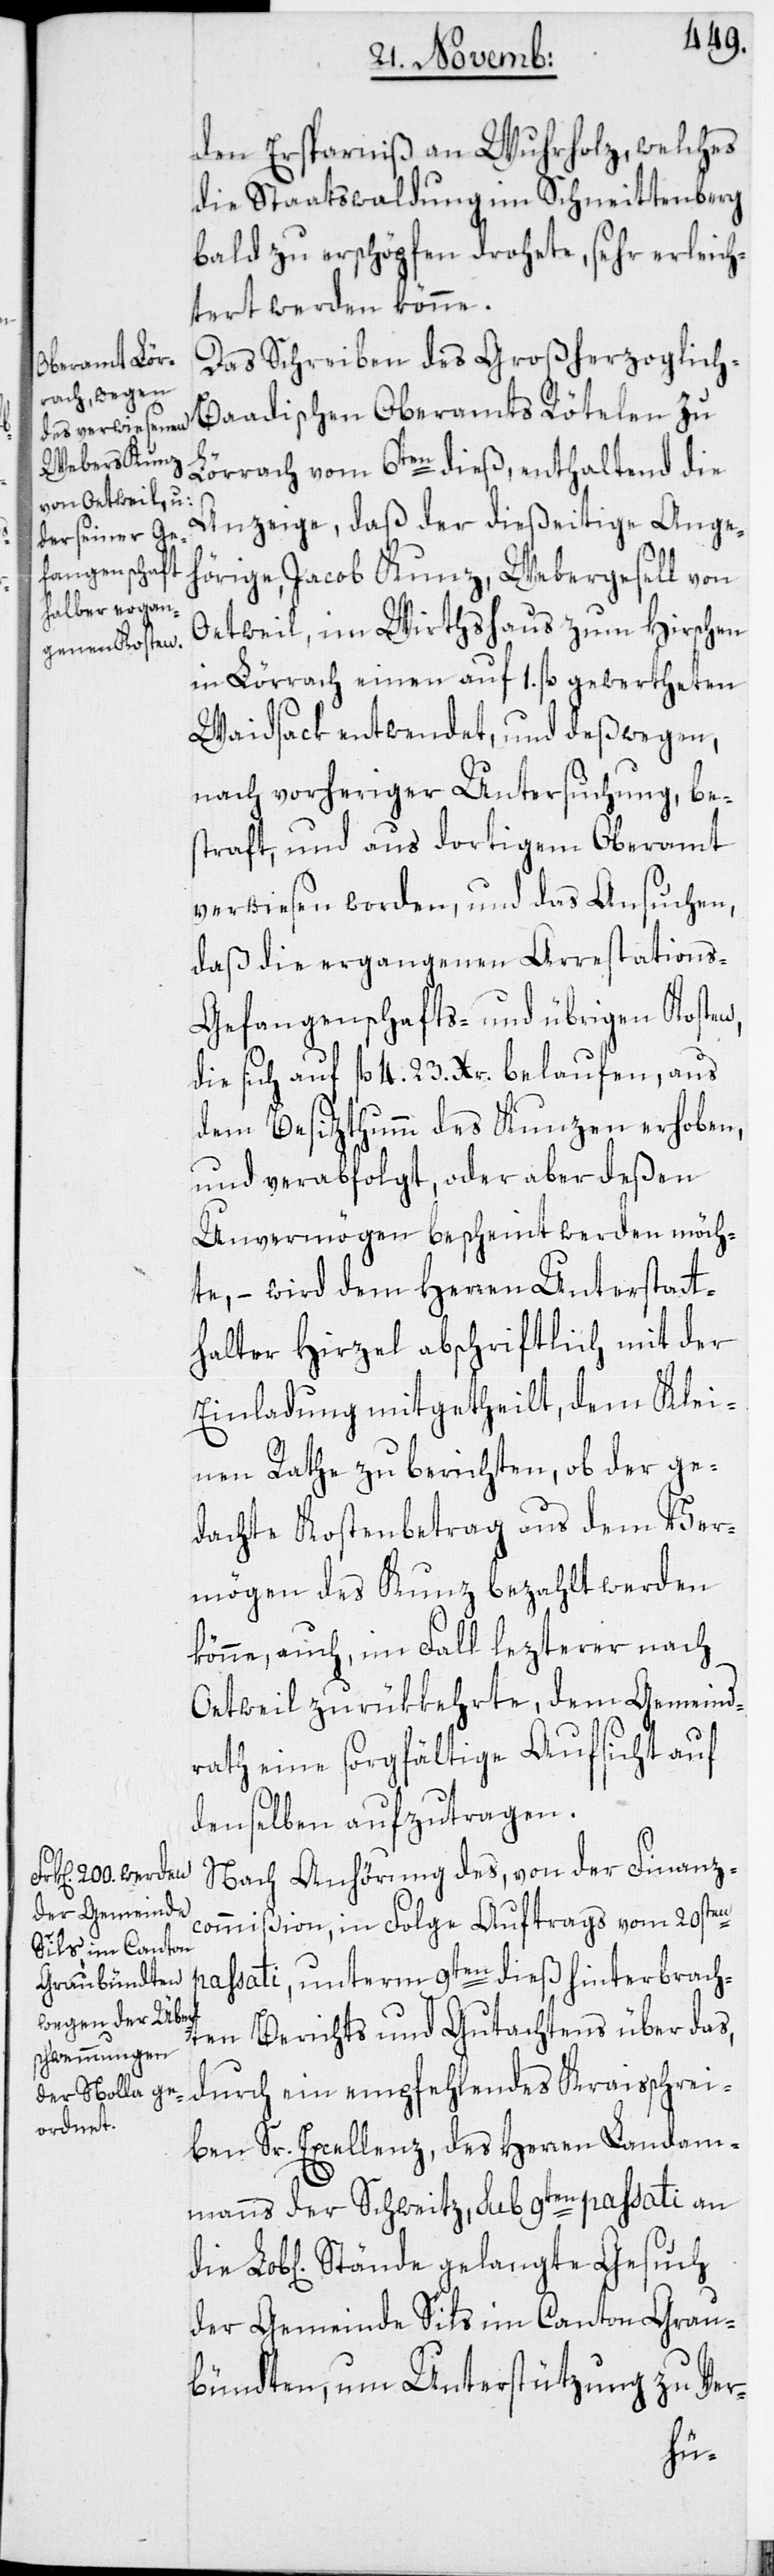
den Ersparniß an Wuhrholz, welches
die Staatswaldung im Schneittenberg
bald zu erschöpfen drohete, sehr erleich¬
tert werden könne.
Das Schreiben des Großherzoglich-B¬
aadischen Oberamts Rötelen zu
Lörrach vom 6ten dieß, enthaltend die
Anzeige, daß der dießeitige Ange¬
hörige, Jacob Kunz, Webergesell von
Oetweil, im Wirthshaus zum Hirschen
in Lörrach einen auf 1. fl. gewertheten
Waidsack entwendet, und deßwegen,
nach vorheriger Untersuchung, bes¬
traft, und aus dortigem Oberamt
verwiesen worden, und das Ansuchen,
daß die ergangenen Arrestations-[,]
Gefangenschafts- und übrigen Kosten,
die sich auf fl. 4. 23. Xr. belaufen, aus
dem Besitzthumm des Kunzen erhoben,
und verabfolgt, oder aber deßen
Unvermögen bescheint werden möch¬
te, – wird dem Herren Unterstatt¬
halter Hirzel abschriftlich mit der
Einladung mitgetheilt, dem Klei¬
nen Rathe zu berichten, ob der ge¬
dachte Kostenbetrag aus dem Ver¬
mögen des Kunz bezahlt werden
könne, auch, im Fall lezterer nach
Oetweil zurükkehrte, dem Gemeind¬
rath eine sorgfältige Aufsicht auf
denselben aufzutragen.
Nach Anhörung des, von der Finanzc¬
ommißion, in Folge Auftrags vom 20sten
passati, unterm 9ten dieß hinterbrach¬
ten Berichts und Gutachtens über das,
durch ein empfehlendes Kraisschrei¬
ben Sr. Excellenz, des Herren Landam¬
manns der Schweitz, sub 9ten passati an
der Gemeinde Sils im Canton Grau¬
bündten, um Unterstützung zu Ver-